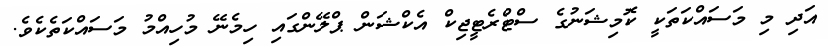
އަދި މި މަސައްކަތަކީ ކޮމިޝަނުގެ ސްޓްރެޓީޖިކް އެކްޝަން ޕްލޭންގައި ހިމެނޭ މުހިއްމު މަސައްކަތެކެވެ.